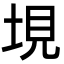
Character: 垷